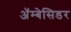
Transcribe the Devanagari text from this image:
अॅम्बेसिडर